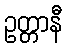
ဥတ္တာနီ